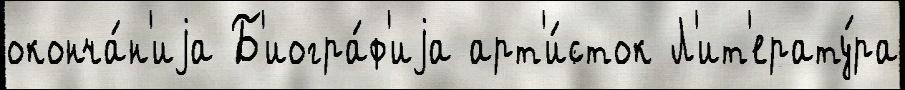
оконча́н'иjа Б'иогра́ф'иjа арт'и́сток Л'ит'ерату́ра